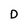
Character: D